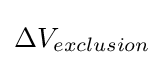
\Delta V_{exclusion}